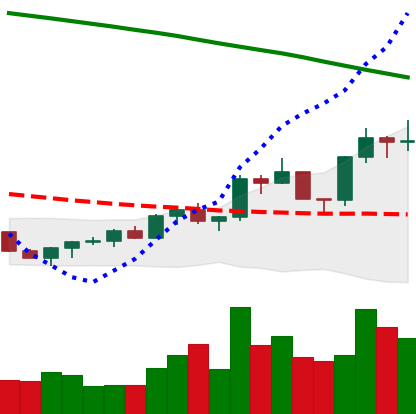
Ticker: EOS-USD
Chart end date: 2022-07-30
Forward return: -9.073%
Label: down_7plus